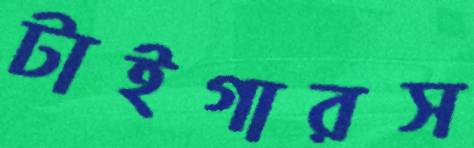
টাইগারস